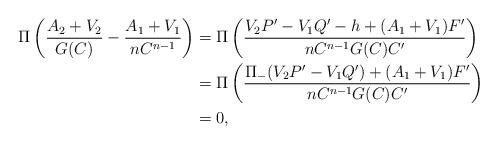
LaTeX: \begin{align*}\Pi\left( \frac{A_2+V_2}{G(C)}-\frac{A_1+V_1}{nC^{n-1}}\right)&= \Pi\left(\frac{V_2 P'-V_1Q'-h+(A_1+V_1)F'}{nC^{n-1}G(C)C'}\right)\\&=\Pi\left(\frac{\Pi_-(V_2 P'-V_1 Q')+(A_1+V_1)F'}{nC^{n-1}G(C)C'}\right)\\&=0,\end{align*}